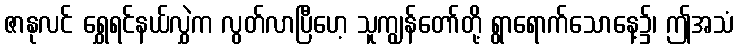
ဇာနုလင် ရွှေရင်နယ်လွှဲက လွတ်လာပြီဟေ့ သူကျွန်တော်တို့ ရွာရောက်သောနေ့၌၊ ဤအသံ